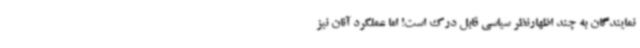
نمایندگان به چند اظهارنظر سیاسی قابل درک است! اما عملکرد آنان نیز